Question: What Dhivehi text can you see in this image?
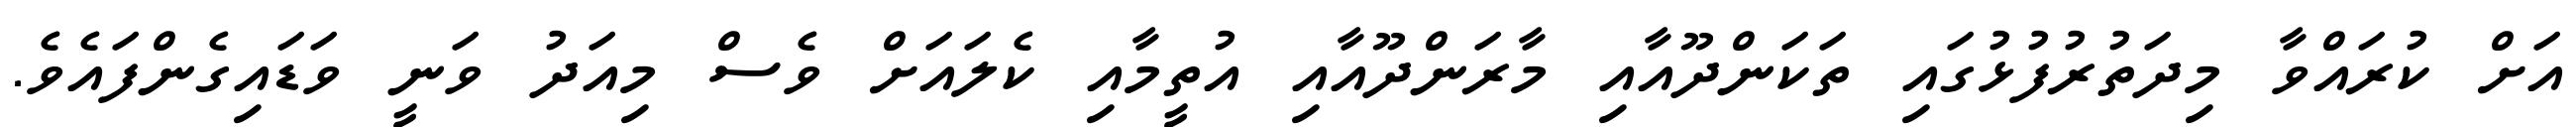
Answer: އަށް ކުރައްވާ މިދަތުރުފުޅުގައި ތަކަންދޫއާއި މާރަންދޫއާއި އުތީމާއި ކެލައަށް ވެސް މިއަދު ވަނީ ވަޑައިގެންފައެވެ.